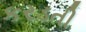
કરડતી